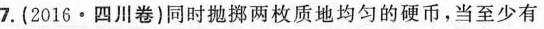
7.(2016·四川卷)同时抛掷两枚质地均匀的硬币，当至少有